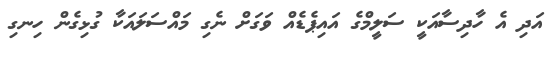
އަދި އެ ހާދިސާއަކީ ސަލީމްގެ އައިޕެޑެއް ވަގަށް ނެގި މައްސަލައަކާ ގުޅިގެން ހިނގި